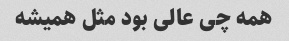
همه چی عالی بود مثل همیشه